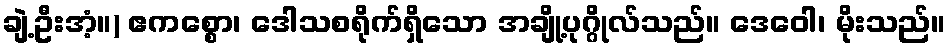
ချဲ့ဦးအံ့။) ဧကစ္စော၊ ဒေါသစရိုက်ရှိသော အချို့ပုဂ္ဂိုလ်သည်။ ဒေဝေါ၊ မိုးသည်။